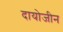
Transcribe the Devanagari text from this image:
दायोजीन